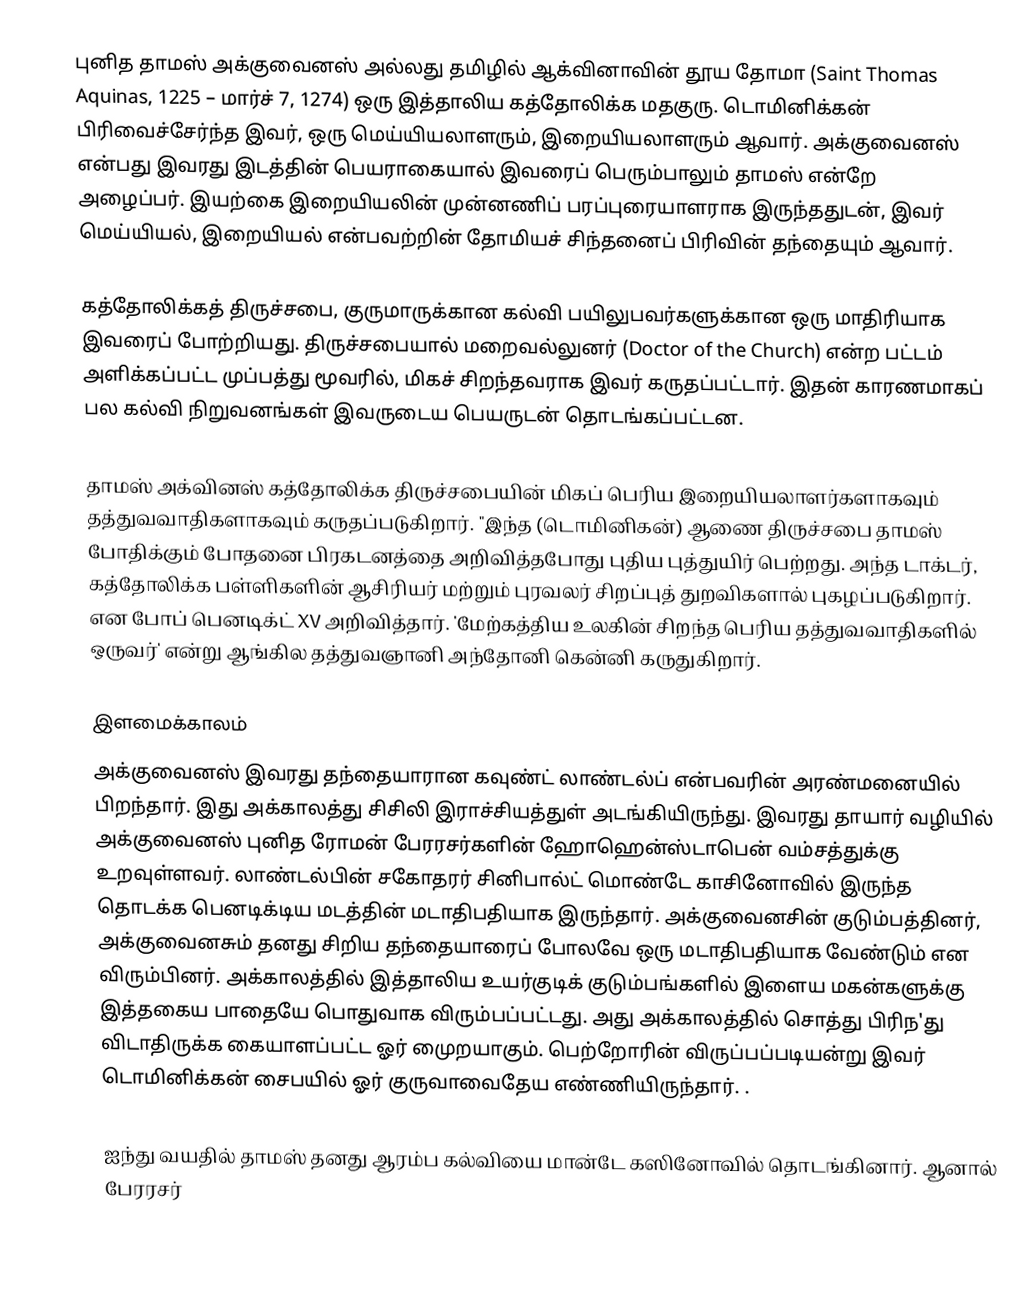
புனித தாமஸ் அக்குவைனஸ் அல்லது தமிழில் ஆக்வினாவின் தூய தோமா (Saint Thomas Aquinas, 1225 – மார்ச் 7, 1274) ஒரு இத்தாலிய கத்தோலிக்க மதகுரு.  டொமினிக்கன் பிரிவைச்சேர்ந்த இவர், ஒரு மெய்யியலாளரும், இறையியலாளரும் ஆவார். அக்குவைனஸ் என்பது இவரது இடத்தின் பெயராகையால் இவரைப் பெரும்பாலும் தாமஸ் என்றே அழைப்பர். இயற்கை இறையியலின் முன்னணிப் பரப்புரையாளராக இருந்ததுடன், இவர் மெய்யியல், இறையியல் என்பவற்றின் தோமியச் சிந்தனைப் பிரிவின் தந்தையும் ஆவார்.

கத்தோலிக்கத் திருச்சபை, குருமாருக்கான கல்வி பயிலுபவர்களுக்கான ஒரு மாதிரியாக இவரைப் போற்றியது. திருச்சபையால் மறைவல்லுனர் (Doctor of the Church) என்ற பட்டம் அளிக்கப்பட்ட முப்பத்து மூவரில், மிகச் சிறந்தவராக இவர் கருதப்பட்டார். இதன் காரணமாகப் பல கல்வி நிறுவனங்கள் இவருடைய பெயருடன் தொடங்கப்பட்டன.

தாமஸ் அக்வினஸ் கத்தோலிக்க திருச்சபையின் மிகப் பெரிய இறையியலாளர்களாகவும் தத்துவவாதிகளாகவும் கருதப்படுகிறார்.  "இந்த (டொமினிகன்) ஆணை  திருச்சபை தாமஸ் போதிக்கும் போதனை பிரகடனத்தை அறிவித்தபோது புதிய புத்துயிர் பெற்றது. அந்த டாக்டர், கத்தோலிக்க பள்ளிகளின் ஆசிரியர் மற்றும் புரவலர் சிறப்புத் துறவிகளால் புகழப்படுகிறார். என போப் பெனடிக்ட் XV அறிவித்தார். 'மேற்கத்திய உலகின் சிறந்த பெரிய தத்துவவாதிகளில் ஒருவர்' என்று ஆங்கில தத்துவஞானி அந்தோனி கென்னி கருதுகிறார்.

இளமைக்காலம்
அக்குவைனஸ் இவரது தந்தையாரான கவுண்ட் லாண்டல்ப் என்பவரின் அரண்மனையில் பிறந்தார். இது அக்காலத்து சிசிலி இராச்சியத்துள் அடங்கியிருந்து. இவரது தாயார் வழியில் அக்குவைனஸ் புனித ரோமன் பேரரசர்களின் ஹோஹென்ஸ்டாபென் வம்சத்துக்கு உறவுள்ளவர். லாண்டல்பின் சகோதரர் சினிபால்ட் மொண்டே காசினோவில் இருந்த தொடக்க பெனடிக்டிய மடத்தின் மடாதிபதியாக இருந்தார். அக்குவைனசின் குடும்பத்தினர், அக்குவைனசும் தனது சிறிய தந்தையாரைப் போலவே ஒரு மடாதிபதியாக வேண்டும் என விரும்பினர். அக்காலத்தில் இத்தாலிய உயர்குடிக் குடும்பங்களில் இளைய மகன்களுக்கு இத்தகைய பாதையே பொதுவாக விரும்பப்பட்டது. அது அக்காலத்தில் சொத்து பிரிந'து விடாதிருக்க  கையாளப்பட்ட ஓர் முைறயாகும். பெற்றோரின் விருப்பப்படியன்று இவர் டொமினிக்கன் சைபயில் ஓர் குருவாவைதேய எண்ணியிருந்தார். .

ஐந்து வயதில் தாமஸ் தனது ஆரம்ப கல்வியை மான்டே கஸினோவில் தொடங்கினார்.  ஆனால் பேரரசர்